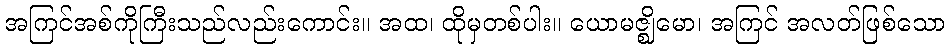
အကြင်အစ်ကိုကြီးသည်လည်းကောင်း။ အထ၊ ထိုမှတစ်ပါး။ ယောမဇ္ဈိမော၊ အကြင် အလတ်ဖြစ်သော